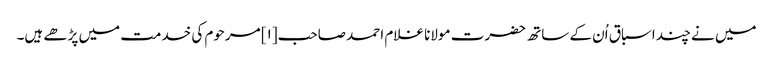
میں نے چند اسباق اُن کے ساتھ حضرت مولانا غلام احمد صاحب[۱] مرحوم کی خدمت میں پڑھے ہیں۔